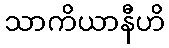
သာကိယာနီဟိ